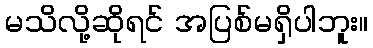
မသိလို့ဆိုရင် အပြစ်မရှိပါဘူး။